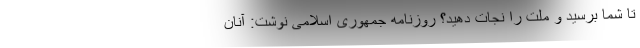
تا شما برسید و ملت را نجات دهید؟ روزنامه جمهوری اسلامی نوشت: آنان